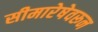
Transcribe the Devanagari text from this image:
सीमारेषेवरून